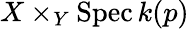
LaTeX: X\times_{Y}\operatorname{Spec}k(p)